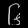
Digit: ၆